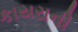
કાયરાની